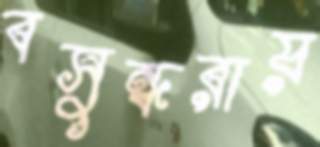
বসুন্ধরায়